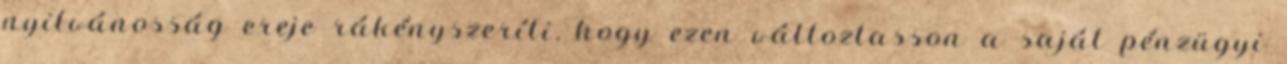
nyilvánosság ereje rákényszeríti, hogy ezen változtasson a saját pénzügyi